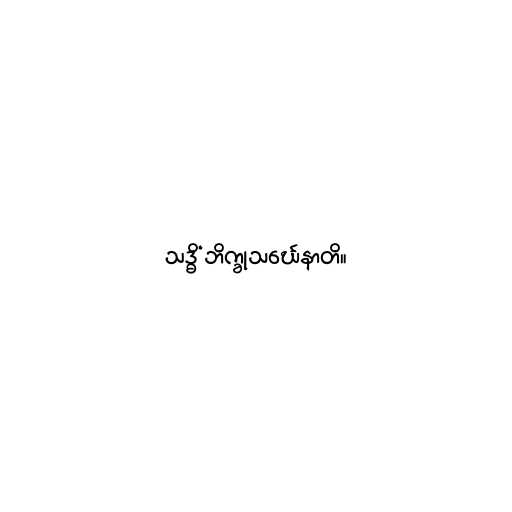
သဒ္ဓိံ ဘိက္ခုသင်္ဃေနာတိ။